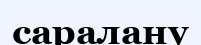
саралану